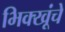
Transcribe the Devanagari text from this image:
भिक्खूंचे